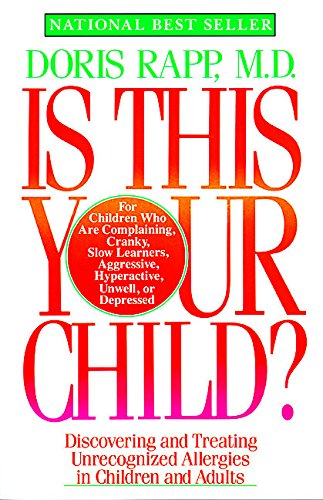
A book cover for Is This Your Child?; Doris, M.D. Rapp; Health, Fitness & Dieting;